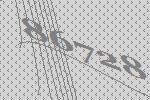
86728